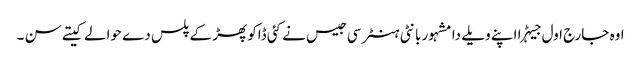
اوہ جارج اول جیہڑا اپنے ویلے دا مشہور بانٹی ہنٹر سی جیس نے کئی ڈاکو پھڑ کے پلس دے حوالے کیتے سن ۔